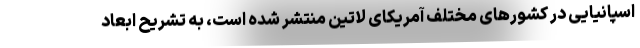
اسپانیایی در کشورهای مختلف آمریکای لاتین منتشر شده است، به تشریح ابعاد